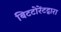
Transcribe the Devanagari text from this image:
बिटटोरेंटद्वारा